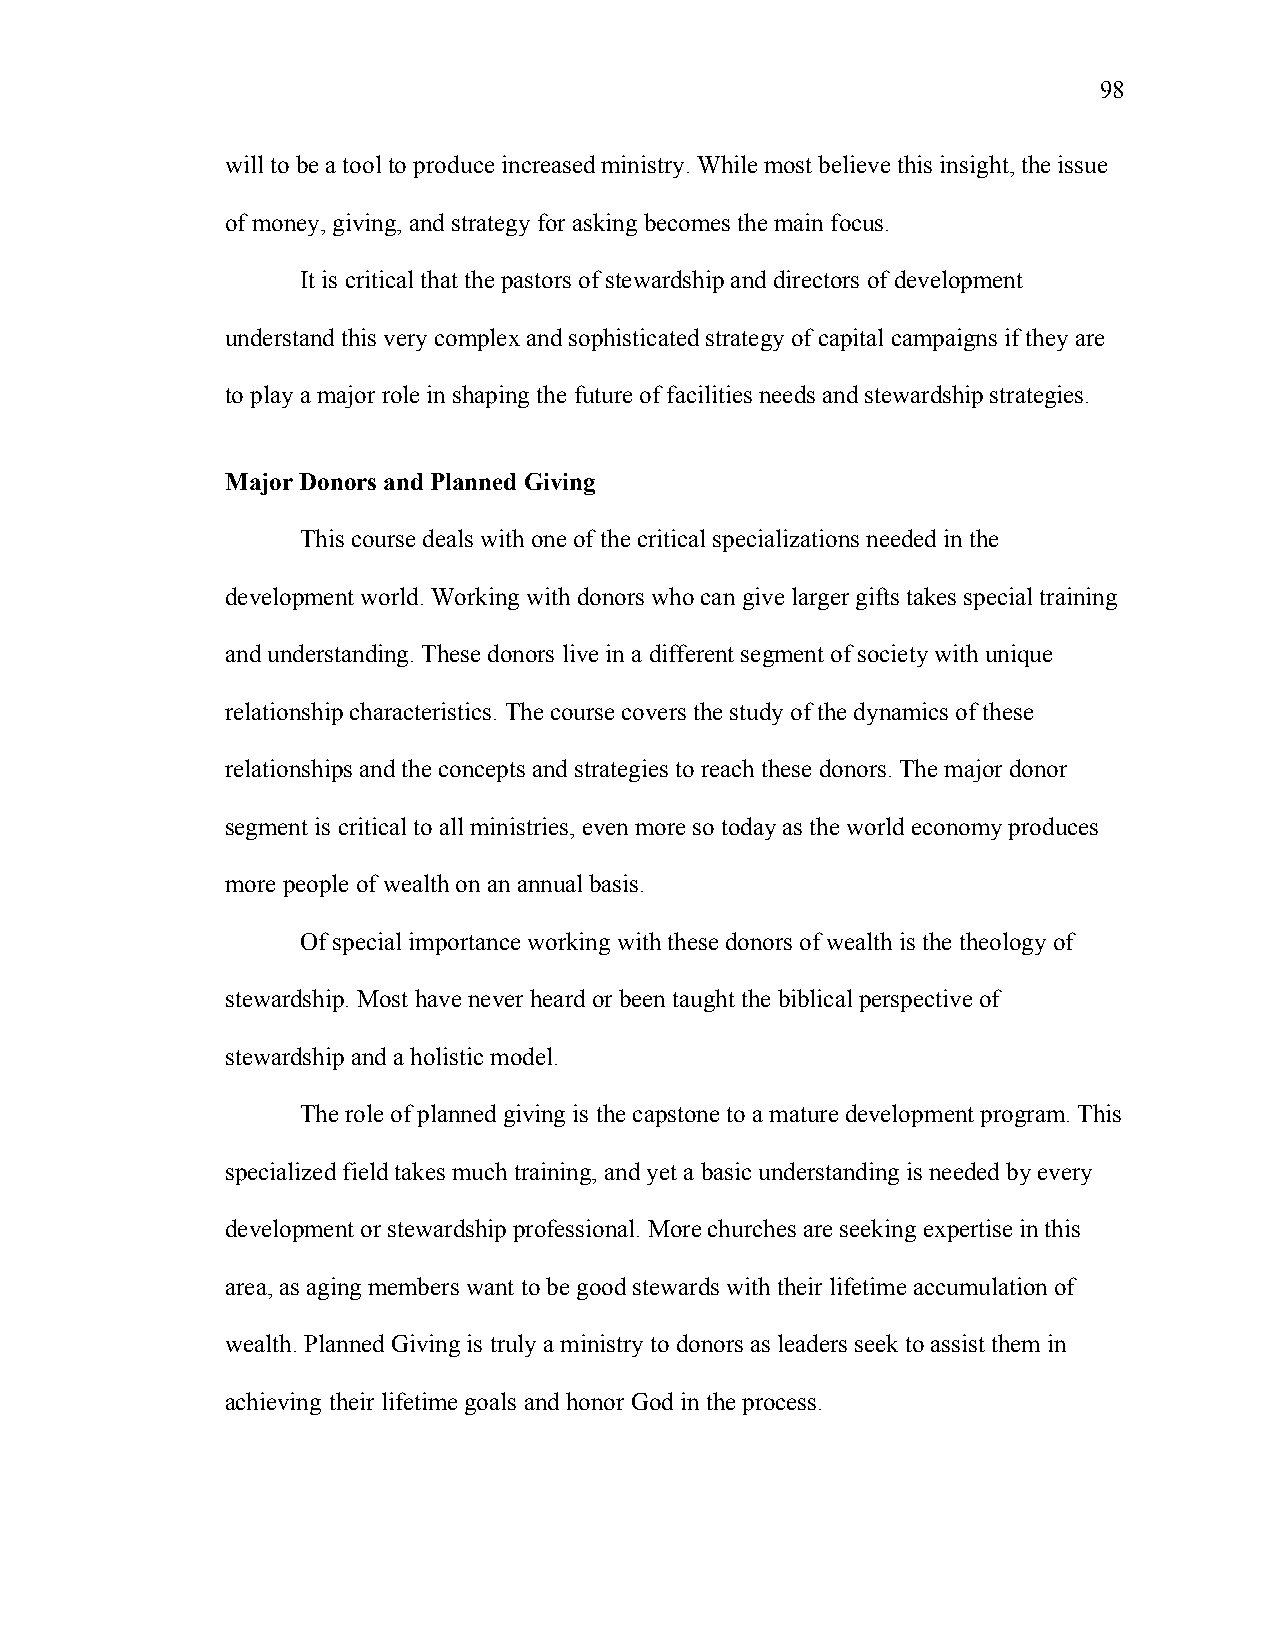
98
 will to be a tool to produce increased ministry. While most believe this insight, the issue
 of money, giving, and strategy for asking becomes the main focus.
 It is critical that the pastors of stewardship and directors of development
 understand this very complex and sophisticated strategy of capital campaigns if they are
 to play a major role in shaping the future of facilities needs and stewardship strategies.
 Major Donors and Planned Giving
 This course deals with one of the critical specializations needed in the
 development world. Working with donors who can give larger gifts takes special training
 and understanding. These donors live in a different segment of society with unique
 relationship characteristics. The course covers the study of the dynamics of these
 relationships and the concepts and strategies to reach these donors. The major donor
 segment is critical to all ministries, even more so today as the world economy produces
 more people of wealth on an annual basis.
 Of special importance working with these donors of wealth is the theology of
 stewardship. Most have never heard or been taught the biblical perspective of
 stewardship and a holistic model.
 The role of planned giving is the capstone to a mature development program. This
 specialized field takes much training, and yet a basic understanding is needed by every
 development or stewardship professional. More churches are seeking expertise in this
 area, as aging members want to be good stewards with their lifetime accumulation of
 wealth. Planned Giving is truly a ministry to donors as leaders seek to assist them in
 achieving their lifetime goals and honor God in the process.